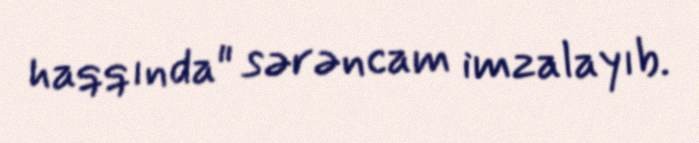
haqqında" sərəncam imzalayıb.